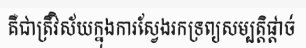
គឺជាត្រីវិស័យក្នុងការស្វែងរកទ្រព្យសម្បត្តិផ្តាច់